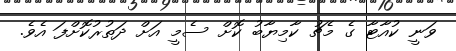
ވަނީ ކުއާޓާ ގެ މެޗު ކާމިޔާބު ކޮށް ސެމީ އަށް ދަތުރުކޮށްފަ އެވެ.